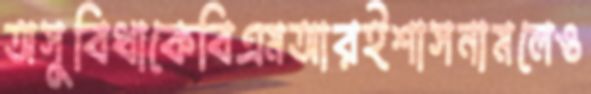
অসুবিধাকেবিএমআরইশাসনামলেও